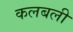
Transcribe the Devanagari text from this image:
कलबली